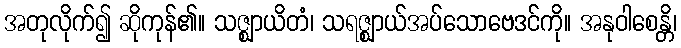
အတုလိုက်၍ ဆိုကုန်၏။ သဇ္ဈာယိတံ၊ သရဇ္ဈာယ်အပ်သောဗေဒင်ကို။ အနုဝါစေန္တိ၊